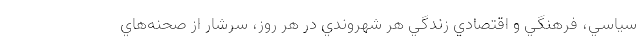
سياسي، فرهنگي و اقتصادي زندگي هر شهروندي در هر روز، سرشار از صحنه‌هاي